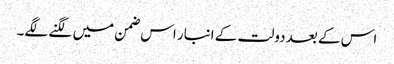
اس کے بعد دولت کے انبار اس ضمن میں لگنے لگے۔